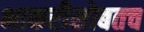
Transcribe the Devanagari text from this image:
भाकरीसोबतच